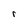
Character: r